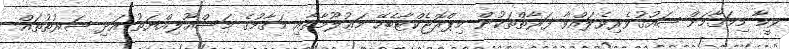
ވީމާ މިމަޤާމަށް ޝައުޤުވެރިވެލައްވާ ފަރާތްތަކުން މިޕްރޮޖެކްޓާބެހޭ މަޢުލޫމާތާއި މަޤާމުގެ މަސްއޫލިއްޔަތު އަދި ޝަރުޠުތައް